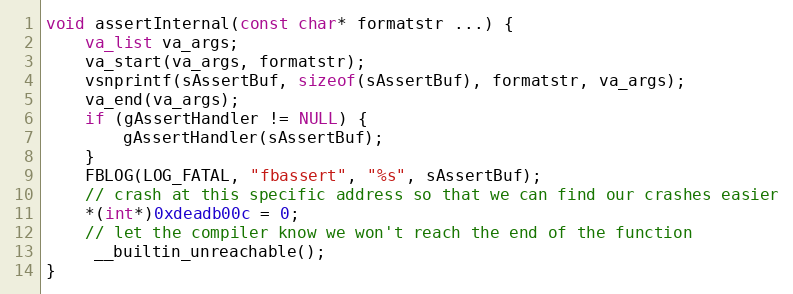
Language: C++
void assertInternal(const char* formatstr ...) {
    va_list va_args;
    va_start(va_args, formatstr);
    vsnprintf(sAssertBuf, sizeof(sAssertBuf), formatstr, va_args);
    va_end(va_args);
    if (gAssertHandler != NULL) {
        gAssertHandler(sAssertBuf);
    }
    FBLOG(LOG_FATAL, "fbassert", "%s", sAssertBuf);
    // crash at this specific address so that we can find our crashes easier
    *(int*)0xdeadb00c = 0;
    // let the compiler know we won't reach the end of the function
     __builtin_unreachable();
}